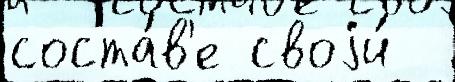
соста́в'е своjи́